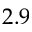
2 . 9